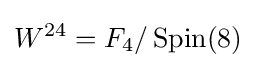
W^{24}=F_{4}/\operatorname {Spin} (8)